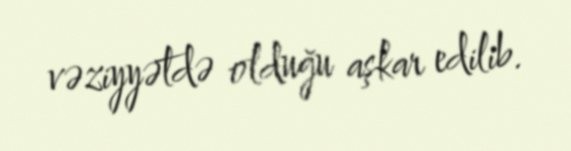
vəziyyətdə olduğu aşkar edilib.